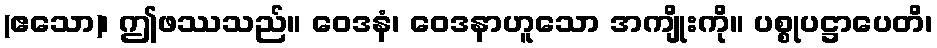
(ဧသော)၊ ဤဖဿသည်။ ဝေဒနံ၊ ဝေဒနာဟူသော အကျိုးကို။ ပစ္စုပဋ္ဌာပေတိ၊